Problem: 15 + 5 = ?
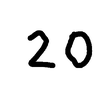
Handwritten answer: 20